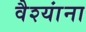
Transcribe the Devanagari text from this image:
वैश्यांना